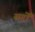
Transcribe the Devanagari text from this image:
सर्ग्रों